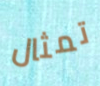
تمثال